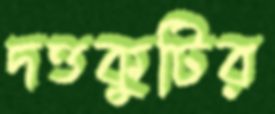
দত্তকুটির